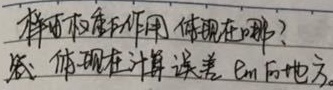
样本权值的作用体现在哪？答：体现在计算误差 \(E_m\) 等地方。